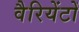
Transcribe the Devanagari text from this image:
वैरियेंटों